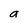
Character: 9